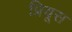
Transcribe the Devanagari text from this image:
प्रियूस